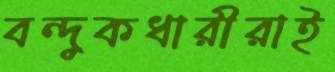
বন্দুকধারীরাই